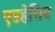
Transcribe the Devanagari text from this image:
एडहेसिव